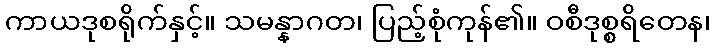
ကာယဒုစရိုက်နှင့်။ သမန္နာဂတ၊ ပြည့်စုံကုန်၏။ ဝစီဒုစ္စရိတေန၊